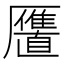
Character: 𱁍